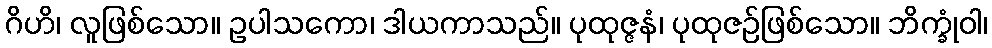
ဂိဟိ၊ လူဖြစ်သော။ ဥပါသကော၊ ဒါယကာသည်။ ပုထုဇ္ဇနံ၊ ပုထုဇဉ်ဖြစ်သော။ ဘိက္ခုံဝါ၊